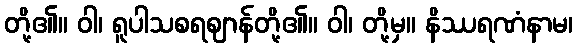
တို့၏။ ဝါ၊ ရူပါသစရဈာန်တို့၏။ ဝါ၊ တို့မှ။ နိဿရဏံနာမ၊